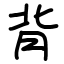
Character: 背